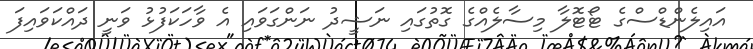
އައިލެންޑްސްގެ ޓޯޓޮލާ މިސާލެއްގެ ގޮތުގައި ނަޝީދު ނަންގަވައި އެ ވާހަކަފުޅު ވަނީ ދައްކަވައިފަ